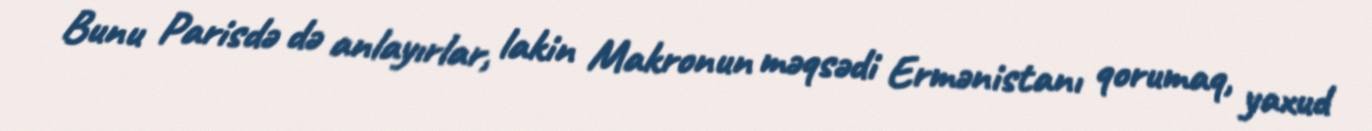
Bunu Parisdə də anlayırlar, lakin Makronun məqsədi Ermənistanı qorumaq, yaxud